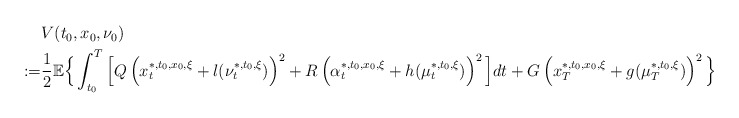
\begin{align*}\begin{aligned}&V(t_0,x_0,\nu_0)\\:=&\frac{1}{2}\mathbb{E}\Big\{\int_{t_0}^T\Big[Q\left(x_t^{*,t_0,x_0,\xi}+l(\nu_t^{*,t_0,\xi})\right)^2+R\left(\alpha_t^{*,t_0,x_0,\xi}+h(\mu_t^{*,t_0,\xi})\right)^2\Big]dt+G\left(x_T^{*,t_0,x_0,\xi}+g(\mu_T^{*,t_0,\xi})\right)^2\Big\}\end{aligned}\end{align*}